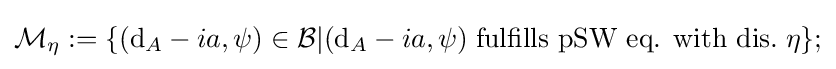
{\mathcal {M}}_{\eta }:=\{(\mathrm {d} _{A}-ia,\psi )\in {\mathcal {B}}|(\mathrm {d} _{A}-ia,\psi )\;{\text{fulfills pSW eq. with dis.}}\;\eta \};